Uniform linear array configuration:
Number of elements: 4
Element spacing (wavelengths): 0.25
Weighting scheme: binomial
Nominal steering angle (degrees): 0
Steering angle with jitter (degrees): -0.6474
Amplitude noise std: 0.05
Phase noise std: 0.05

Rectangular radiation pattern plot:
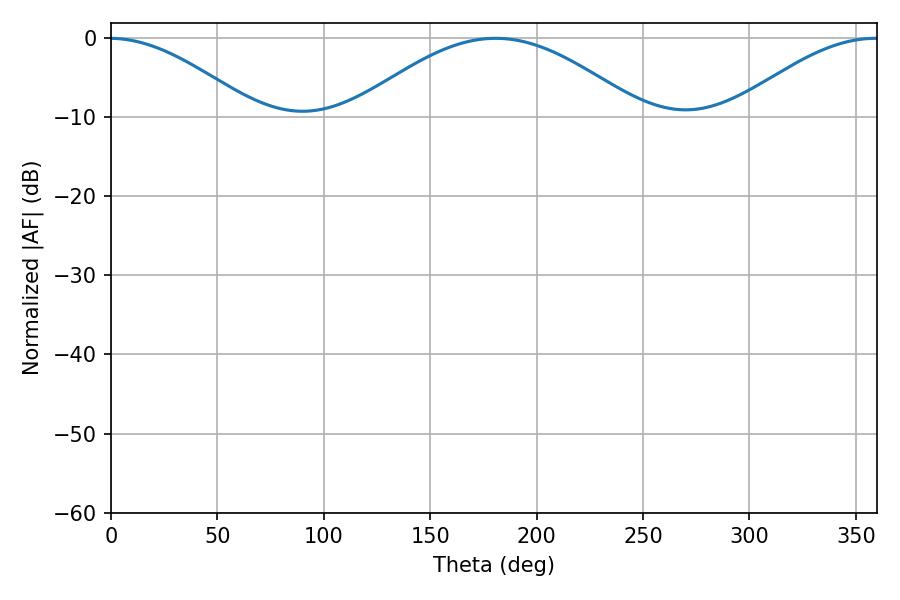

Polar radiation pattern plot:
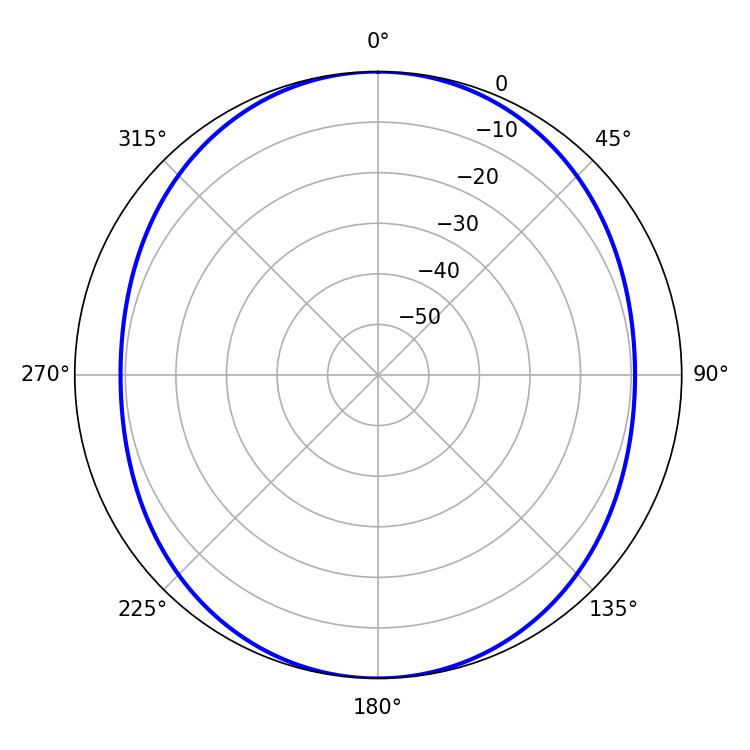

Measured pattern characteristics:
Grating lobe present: FALSE
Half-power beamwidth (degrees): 73.26
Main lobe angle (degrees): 180.72